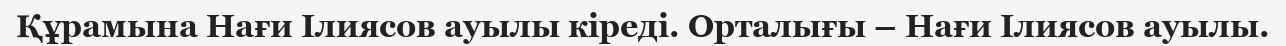
Құрамына Нағи Ілиясов ауылы кіреді. Орталығы – Нағи Ілиясов ауылы.